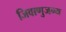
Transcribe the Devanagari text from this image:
जिवाणुजन्य